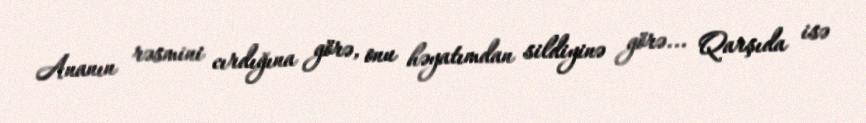
Ananın rəsmini cırdığına görə, onu həyatımdan sildiyinə görə... Qarşıda isə